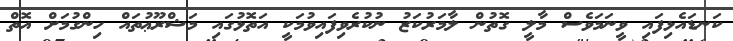
ކަނޑައެޅިފައި ވީނަމަވެސް މާލީ ގޮތުން ލާމަރުކަޒު ނުކުރެވިފައިވުމަކީ އަތޮޅުގައި މަޝްރޫޢުތައް ހިންގުމަށް އޮތް